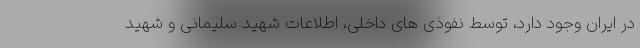
در ایران وجود دارد، توسط نفوذی های داخلی، اطلاعات شهید سلیمانی و شهید